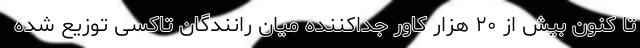
تا کنون بیش از ۲۰ هزار کاور جداکننده میان رانندگان تاکسی توزیع شده